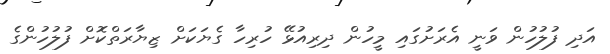
އަދި ފުލުހުން ވަނީ އެރަށުގައި މީހުން ދިރިއުޅޭ ހުރިހާ ގެޔަކަށް ޒިޔާރަތްކޮށް ފުލުހުންގެ